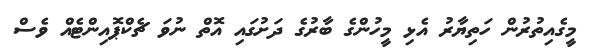
މީގެއިތުރުން ހަތިޔާރު އެޅި މީހުންގެ ބާރުގެ ދަށުގައި އޮތް ނުވަ ޗެކްޕޮއިންޓެއް ވެސް